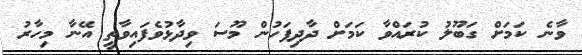
ވާނެ ކަމަށް ގަބޫލު ކުރައްވާ ކަމަށް ދާދިފަހުން މޫސަ ވިދާޅުވެފައިވާތީ އޭނާ މިހާރު